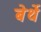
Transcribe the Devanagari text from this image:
बेर्थे